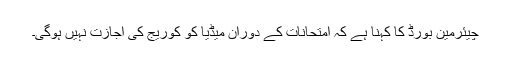
چیئرمین بورڈ کا کہنا ہے کہ امتحانات کے دوران میڈیا کو کوریج کی اجازت نہیں ہوگی۔